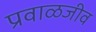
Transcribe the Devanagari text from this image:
प्रवाळजीव